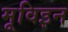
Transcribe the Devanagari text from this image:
मूविइन